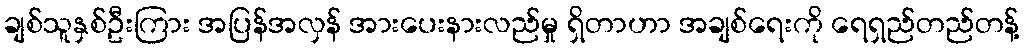
ချစ်သူနှစ်ဦးကြား အပြန်အလှန် အားပေးနားလည်မှု ရှိတာဟာ အချစ်ရေးကို ရေရှည်တည်တန့်